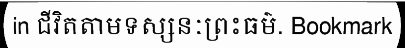
in ជីវិតតាមទស្សនៈព្រះធម៌. Bookmark